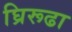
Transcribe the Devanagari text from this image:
घ्रिरूढा